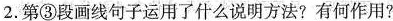
2.第③段画线句子运用了什么说明方法?有何作用?